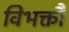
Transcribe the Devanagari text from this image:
विभक्तौ